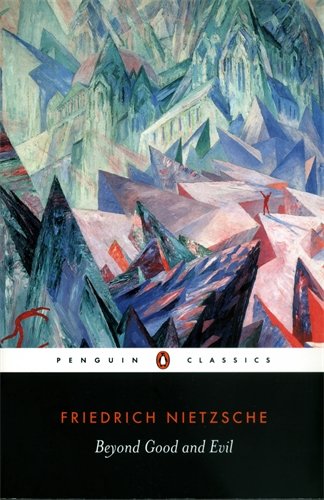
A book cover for Beyond Good and Evil (Penguin Classics); Friedrich Nietzsche; Politics & Social Sciences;